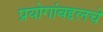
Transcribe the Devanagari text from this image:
प्रयोगांबद्दलचे